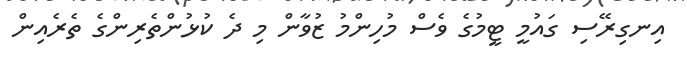
އިނގިރޭސި ގައުމީ ޓީމުގެ ވެސް މުހިންމު ޒުވާން މި ދެ ކުޅުންތެރިންގެ ތެރެއިން